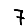
Digit: 7